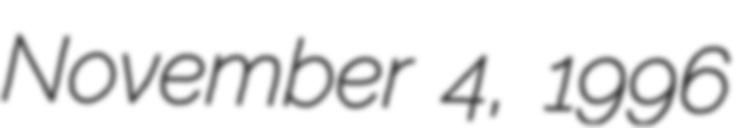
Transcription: November 4, 1996